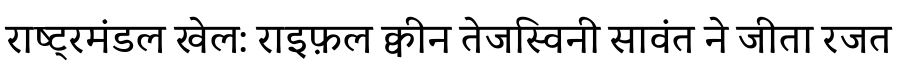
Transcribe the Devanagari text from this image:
राष्ट्रमंडल खेल: राइफ़ल क्वीन तेजस्विनी सावंत ने जीता रजत